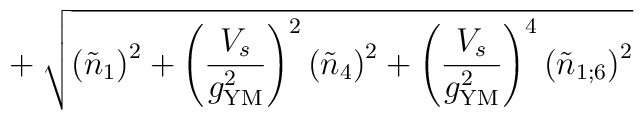
\\+  \sqrt{  \left( \tilde n_1 \right)^2 +         \left(\frac{V_s}{g_{\rm YM}^2}\right)^2 \left( \tilde n_{4} \right)^2 +         \left(\frac{V_s}{g_{\rm YM}^2}\right)^4 \left( \tilde n_{1;6} \right)^2 }